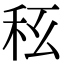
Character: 𥝮